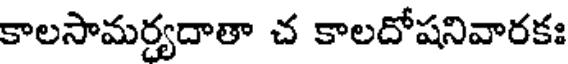
కాలసామర్యదాతా చ కాలదోషనివారకః